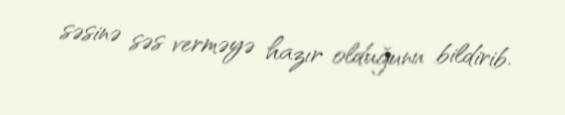
səsinə səs verməyə hazır olduğunu bildirib.